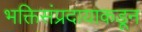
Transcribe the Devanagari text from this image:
भक्तिसंप्रदायाकडून